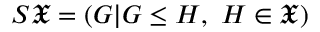
S { \mathfrak { X } } = ( G | G \leq H , \ H \in { \mathfrak { X } } )